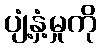
ပျံ့နှံ့မှုကို